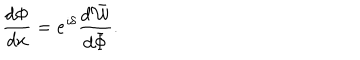
\frac { d \Phi } { d x } = e ^ { \imath \delta } \frac { d \bar { \cal W } } { d \bar { \Phi } } .